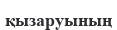
қызаруының